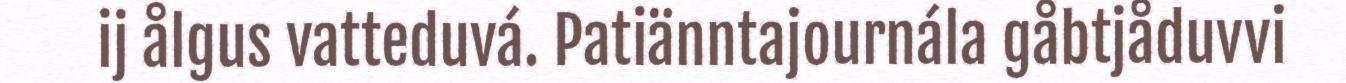
ij ålgus vatteduvá. Patiänntajournála gåbtjåduvvi